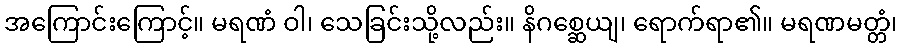
အကြောင်းကြောင့်။ မရဏံ ဝါ၊ သေခြင်းသို့လည်း။ နိဂစ္ဆေယျ၊ ရောက်ရာ၏။ မရဏမတ္တံ၊